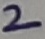
Text: 2